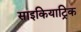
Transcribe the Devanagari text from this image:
साइकियाट्रिक